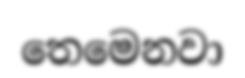
තෙමෙනවා